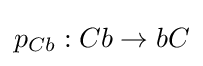
p_{Cb}:Cb\rightarrow bC